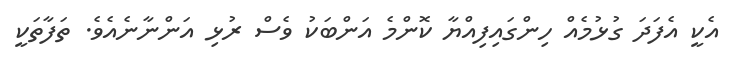
އެކީ އެފަދަ ގުޅުމެއް ހިންގައިފިއްޔާ ކޮންމެ އަންބަކު ވެސް ރުޅި އަންނާނެއެވެ. ތަފާތަކީ